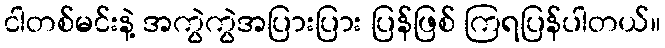
ငါတစ်မင်းနဲ့ အကွဲကွဲအပြားပြား ပြန်ဖြစ် ကြရပြန်ပါတယ်။